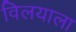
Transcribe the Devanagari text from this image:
विलयाला